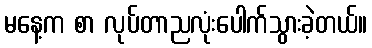
မနေ့က စာ လုပ်တာညလုံးပေါက်သွားခဲ့တယ်။